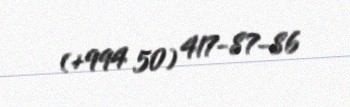
(+994 50) 417-87-86